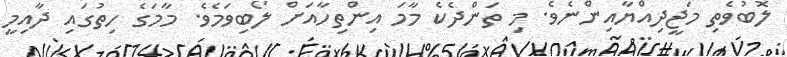
ލޮބުވެތި މަޖީދިއްޔާއިންނެވެ. މި ތަންދެކެ މާމަ އިންތިހާއަށް ލޯބިވަމެވެ. މާމަގެ ހިތުގައި ދާއިމީ